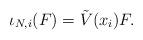
LaTeX: \begin{align*}\iota_{N,i}(F)=\tilde{V}(x_i)F.\end{align*}